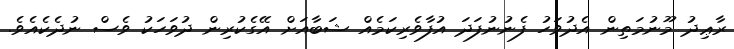
ރާޢިދު މޫނުމަތިން އެދުވަހު ފެނުނުފަދަ އުފާވެރިކަމެއް ޝަބާއަށް އޭގެކުރިން ދުވަހަކު ވެސް ނުދެކެއެވެ.